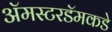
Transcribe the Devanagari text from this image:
ॲमस्टरडॅमकडे